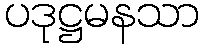
ပဒုဋ္ဌမနသာ